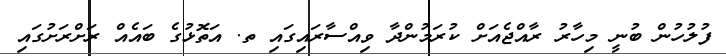
ފުލުހުން ބުނީ މިހާރު ރާއްޖެއަށް ކުރަމުންދާ ވިއްސާރައިގައި ތ. އަތޮޅުގެ ބައެއް ރަށްރަށުގައި